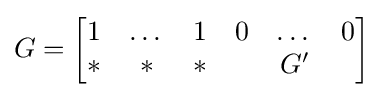
G={\begin{bmatrix}1&\dots &1&0&\dots &0\\\ast &\ast &\ast &&G'&\\\end{bmatrix}}